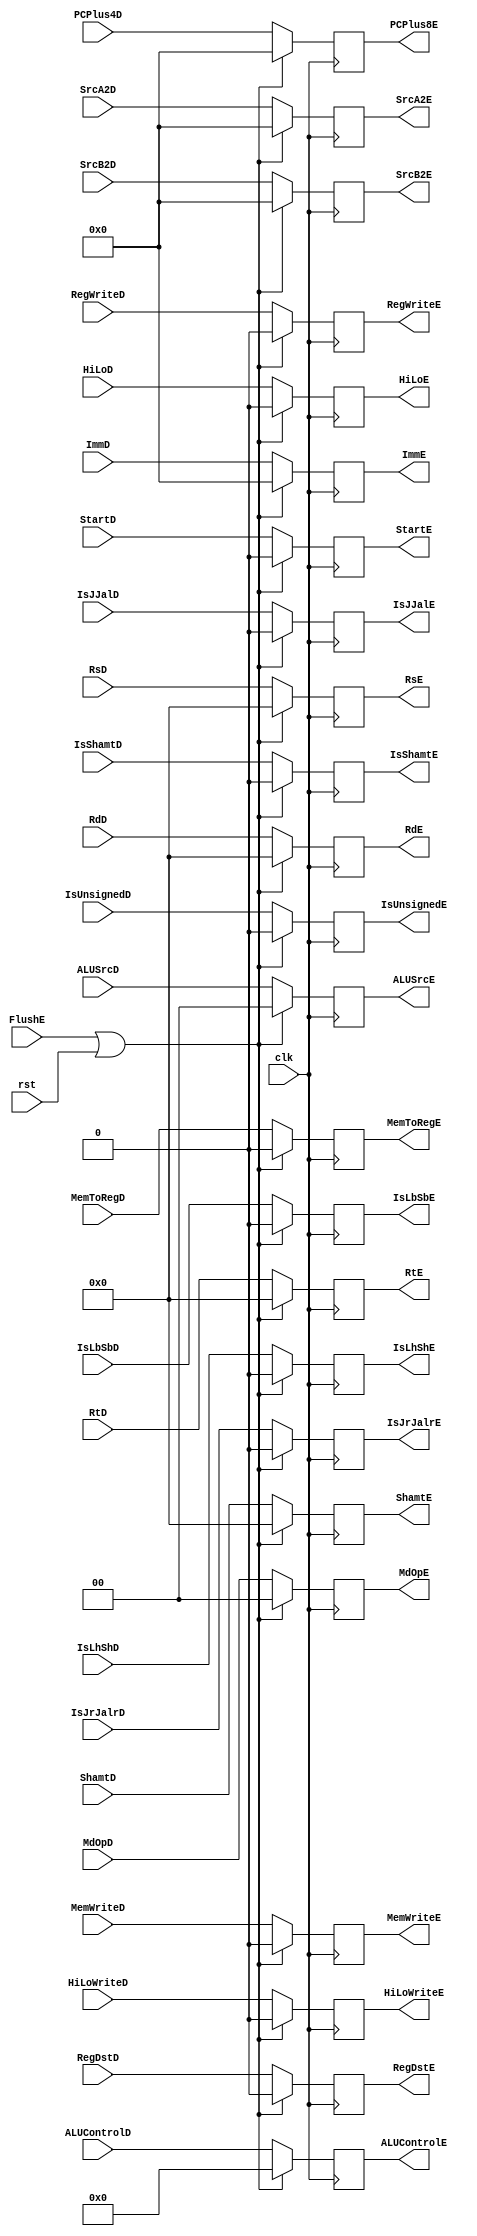
module RegE(										//ID / EXIDEX
  input               clk, rst,
  input               FlushE,						//IDEX
  input       [31:0]  PCPlus4D,						//IDPC PCPlus4D+4
  input       [31:0]  SrcA2D, SrcB2D,				//ID
  input       [4:0]   RsD, RtD, RdD, ShamtD,		//
  input       [31:0]  ImmD,							//ID
  input               RegWriteD, RegDstD,			//ID
  input               MemWriteD, MemToRegD,			//IDID
  input       [3:0]   ALUControlD,					//ID
  input       [1:0]   ALUSrcD,
  input               StartD,
  input               IsJJalD,						//IDJJAL
  input               IsJrJalrD,					//IDJRJALR
  input               IsLbSbD,
  input               IsLhShD,
  input               IsUnsignedD,
  input               HiLoWriteD,					//IDHI/LO
  input               HiLoD,
  input               IsShamtD,
  input       [1:0]   MdOpD,
  output  reg [31:0]  PCPlus8E,
  output  reg [31:0]  SrcA2E, SrcB2E,
  output  reg [4:0]   RsE, RtE, RdE, ShamtE,
  output  reg [31:0]  ImmE,
  output  reg         RegWriteE, RegDstE,
  output  reg         MemWriteE, MemToRegE,
  output  reg [3:0]   ALUControlE,
  output  reg [1:0]   ALUSrcE,
  output  reg         StartE,
  output  reg         IsJJalE,
  output  reg         IsJrJalrE,
  output  reg         IsLbSbE,
  output  reg         IsLhShE,
  output  reg         IsUnsignedE,
  output  reg         HiLoWriteE,
  output  reg         HiLoE,
  output  reg         IsShamtE,
  output  reg [1:0]   MdOpE
  );
  
  initial
  begin
    PCPlus8E    <= 0;
    SrcA2E       <= 0;
    SrcB2E       <= 0;
    RsE         <= 0;
    RtE         <= 0;
    RdE         <= 0;
    ShamtE      <= 0;
    ImmE        <= 0;
    RegWriteE   <= 0;
    RegDstE     <= 0;
    MemWriteE   <= 0;
    MemToRegE   <= 0;
    ALUControlE <= 0;
    ALUSrcE     <= 0;
    StartE      <= 0;
    IsJJalE     <= 0;
    IsJrJalrE   <= 0;
    IsLbSbE     <= 0;
    IsLhShE     <= 0;
    IsUnsignedE <= 0;
    HiLoWriteE  <= 0;
    HiLoE       <= 0;
    IsShamtE    <= 0;
    MdOpE       <= 0;
  end
  
  always @(posedge clk)
  begin
    if (FlushE || rst)
    begin
      PCPlus8E    <= 0;
      SrcA2E       <= 0;
      SrcB2E       <= 0;
      RsE         <= 0;
      RtE         <= 0;
      RdE         <= 0;
      ShamtE      <= 0;
      ImmE        <= 0;
      RegWriteE   <= 0;
      RegDstE     <= 0;
      MemWriteE   <= 0;
      MemToRegE   <= 0;
      ALUControlE <= 0;
      ALUSrcE     <= 0;
      StartE      <= 0;
      IsJJalE     <= 0;
      IsJrJalrE   <= 0;
      IsLbSbE     <= 0;
      IsLhShE     <= 0;
      IsUnsignedE <= 0;
      HiLoWriteE  <= 0;
      HiLoE       <= 0;
      IsShamtE    <= 0;
      MdOpE       <= 0;
    end
    else
    begin
      PCPlus8E    <= PCPlus4D;
      SrcA2E       <= SrcA2D;
      SrcB2E       <= SrcB2D;
      RsE         <= RsD;
      RtE         <= RtD;
      RdE         <= RdD;
      ShamtE      <= ShamtD;
      ImmE        <= ImmD;
      RegWriteE   <= RegWriteD;
      RegDstE     <= RegDstD;
      MemWriteE   <= MemWriteD;
      MemToRegE   <= MemToRegD;
      ALUControlE <= ALUControlD;
      ALUSrcE     <= ALUSrcD;
      StartE      <= StartD;
      IsJJalE     <= IsJJalD;
      IsJrJalrE   <= IsJrJalrD;
      IsLbSbE     <= IsLbSbD;
      IsLhShE     <= IsLhShD;
      IsUnsignedE <= IsUnsignedD;
      HiLoWriteE  <= HiLoWriteD;
      HiLoE       <= HiLoD;
      IsShamtE    <= IsShamtD;
      MdOpE       <= MdOpD;
    end
  end
  
endmodule